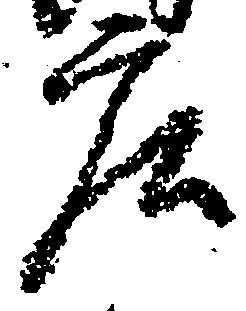
庄